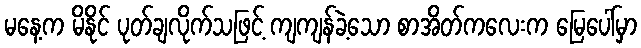
မနေ့က မိနိုင် ပုတ်ချလိုက်သဖြင့် ကျကျန်ခဲ့သော စာအိတ်ကလေးက မြေပေါ်မှာ